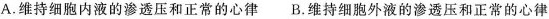
A.维持细胞内液的渗透压和正常的心律 B.维持细胞外液的渗透压和正常的心律